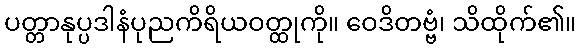
ပတ္တာနုပ္ပဒါနံပုညကိရိယဝတ္ထုကို။ ဝေဒိတဗ္ဗံ၊ သိထိုက်၏။